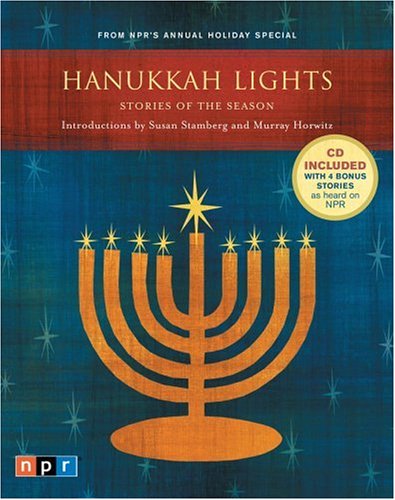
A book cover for Hanukkah Lights: Stories of the Season; Harlan Ellison; Cookbooks, Food & Wine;